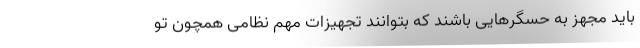
باید مجهز به حسگرهایی باشند که بتوانند تجهیزات مهم نظامی همچون تو